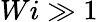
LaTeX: Wi\gg 1